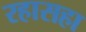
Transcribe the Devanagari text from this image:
रहासहा